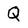
Character: Q